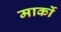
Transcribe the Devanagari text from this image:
मार्को